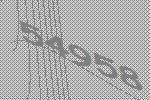
54958